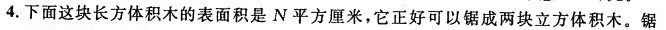
4.下面这块长方体积木的表面积是N平方厘米，它正好可以锯成两块立方体积木。锯